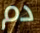
دم